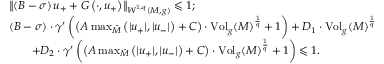
\begin{array} { r l } & { \left\lVert \left( B - \sigma \right) u _ { + } + G \left( \cdot , u _ { + } \right) \right\rVert _ { W ^ { 1 , q } ( M , g ) } \leqslant 1 ; } \\ & { \left( B - \sigma \right) \cdot \gamma ^ { \prime } \left( \left( A \operatorname* { m a x } _ { \bar { M } } \left( \lvert u _ { + } \rvert , \lvert u _ { - } \rvert \right) + C \right) \cdot \mathrm { V o l } _ { g } ( M ) ^ { \frac { 1 } { q } } + 1 \right) + D _ { 1 } \cdot \mathrm { V o l } _ { g } ( M ) ^ { \frac { 1 } { q } } } \\ & { \qquad + D _ { 2 } \cdot \gamma ^ { \prime } \left( \left( A \operatorname* { m a x } _ { \bar { M } } \left( \lvert u _ { + } \rvert , \lvert u _ { - } \rvert \right) + C \right) \cdot \mathrm { V o l } _ { g } ( M ) ^ { \frac { 1 } { q } } + 1 \right) \leqslant 1 . } \end{array}